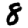
Digit: 8